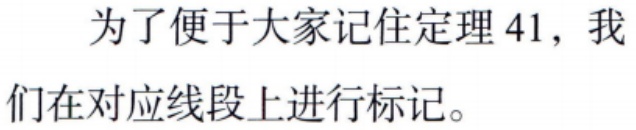
为了便于大家记住定理 41，我们在对应线段上进行标记。